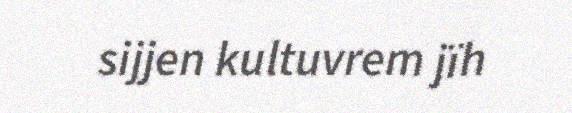
sijjen kultuvrem jïh